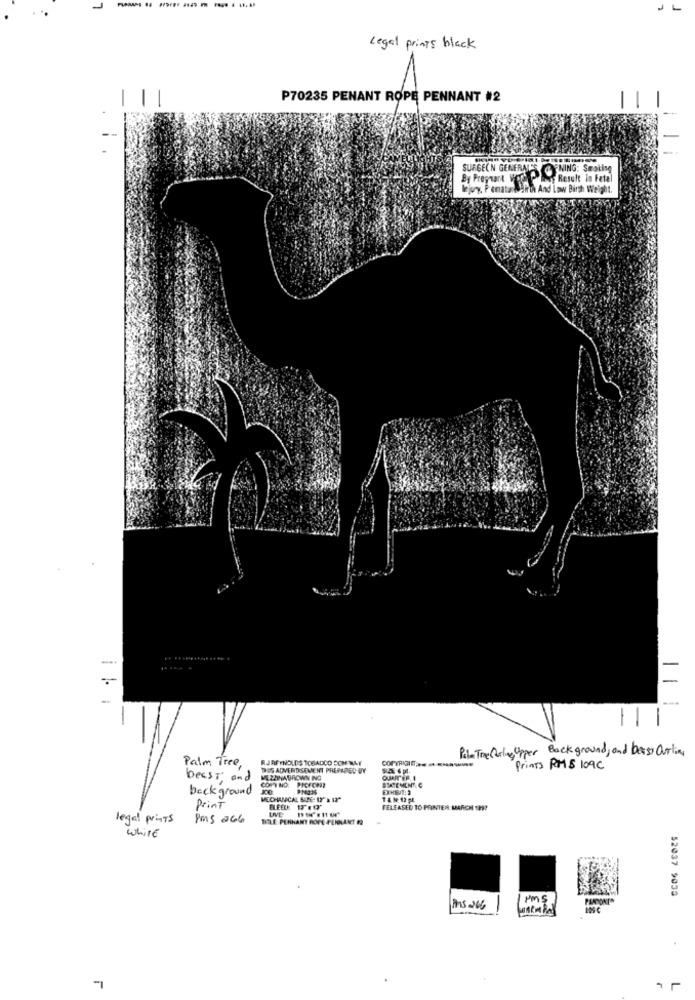
J-
Legal prints black
P70235 PENANT ROPE PENNANT #2
SURGEON GENERAL'S @ ENING: Smoking
Result in Fetal
jury. Pematal
oh And Low Birth Weight.
-
-
-
Pile TreGeling Upper Back ground, and bess, Ourling
Palm Tree,
RJAF YNOLDS TOBACCO SOMEWAY
THUS ADVERIDSEMENT PREPARED BY
Prints ROMS 109c
beest and
MEZINABROWN ING
COPYNO: PICECHEZ
QJUTER. I
background
MECHANICAL SITE: 17'A 12"
T & N: 12 PL
Print
FELEASED TO PRINTER MARCH 199!
legal prints
Pms 266
DELE PENNANT ROPE PERNANT 12
while
52037 9035
Ans 266